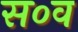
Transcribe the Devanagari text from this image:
स०व